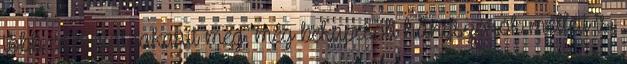
több energiát takarít meg, még bekapcsolt hangszórók mellett is,